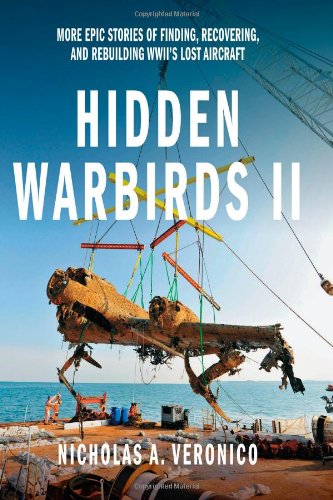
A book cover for Hidden Warbirds II: More Epic Stories of Finding, Recovering, and Rebuilding WWII's Lost Aircraft; Nicholas A. Veronico; History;